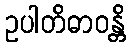
ဥပါတိဓာဝန္တိ